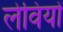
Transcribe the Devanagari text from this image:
लेवियों